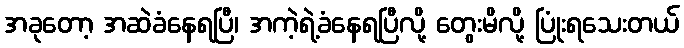
အခုတော့ အဆဲခံနေရပြီ၊ အကဲ့ရဲ့ခံနေရပြီလို့ တွေးမိလို့ ပြုံးရသေးတယ်